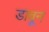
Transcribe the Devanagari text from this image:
डावून